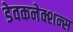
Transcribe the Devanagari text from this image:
डेवकनेक्शन्स